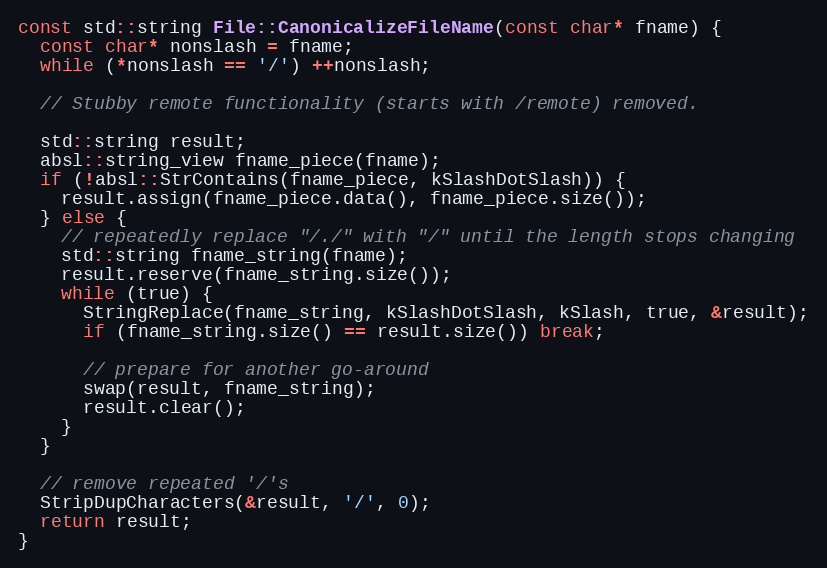
Language: C++
const std::string File::CanonicalizeFileName(const char* fname) {
  const char* nonslash = fname;
  while (*nonslash == '/') ++nonslash;

  // Stubby remote functionality (starts with /remote) removed.

  std::string result;
  absl::string_view fname_piece(fname);
  if (!absl::StrContains(fname_piece, kSlashDotSlash)) {
    result.assign(fname_piece.data(), fname_piece.size());
  } else {
    // repeatedly replace "/./" with "/" until the length stops changing
    std::string fname_string(fname);
    result.reserve(fname_string.size());
    while (true) {
      StringReplace(fname_string, kSlashDotSlash, kSlash, true, &result);
      if (fname_string.size() == result.size()) break;

      // prepare for another go-around
      swap(result, fname_string);
      result.clear();
    }
  }

  // remove repeated '/'s
  StripDupCharacters(&result, '/', 0);
  return result;
}